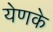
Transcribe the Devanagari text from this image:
येणके